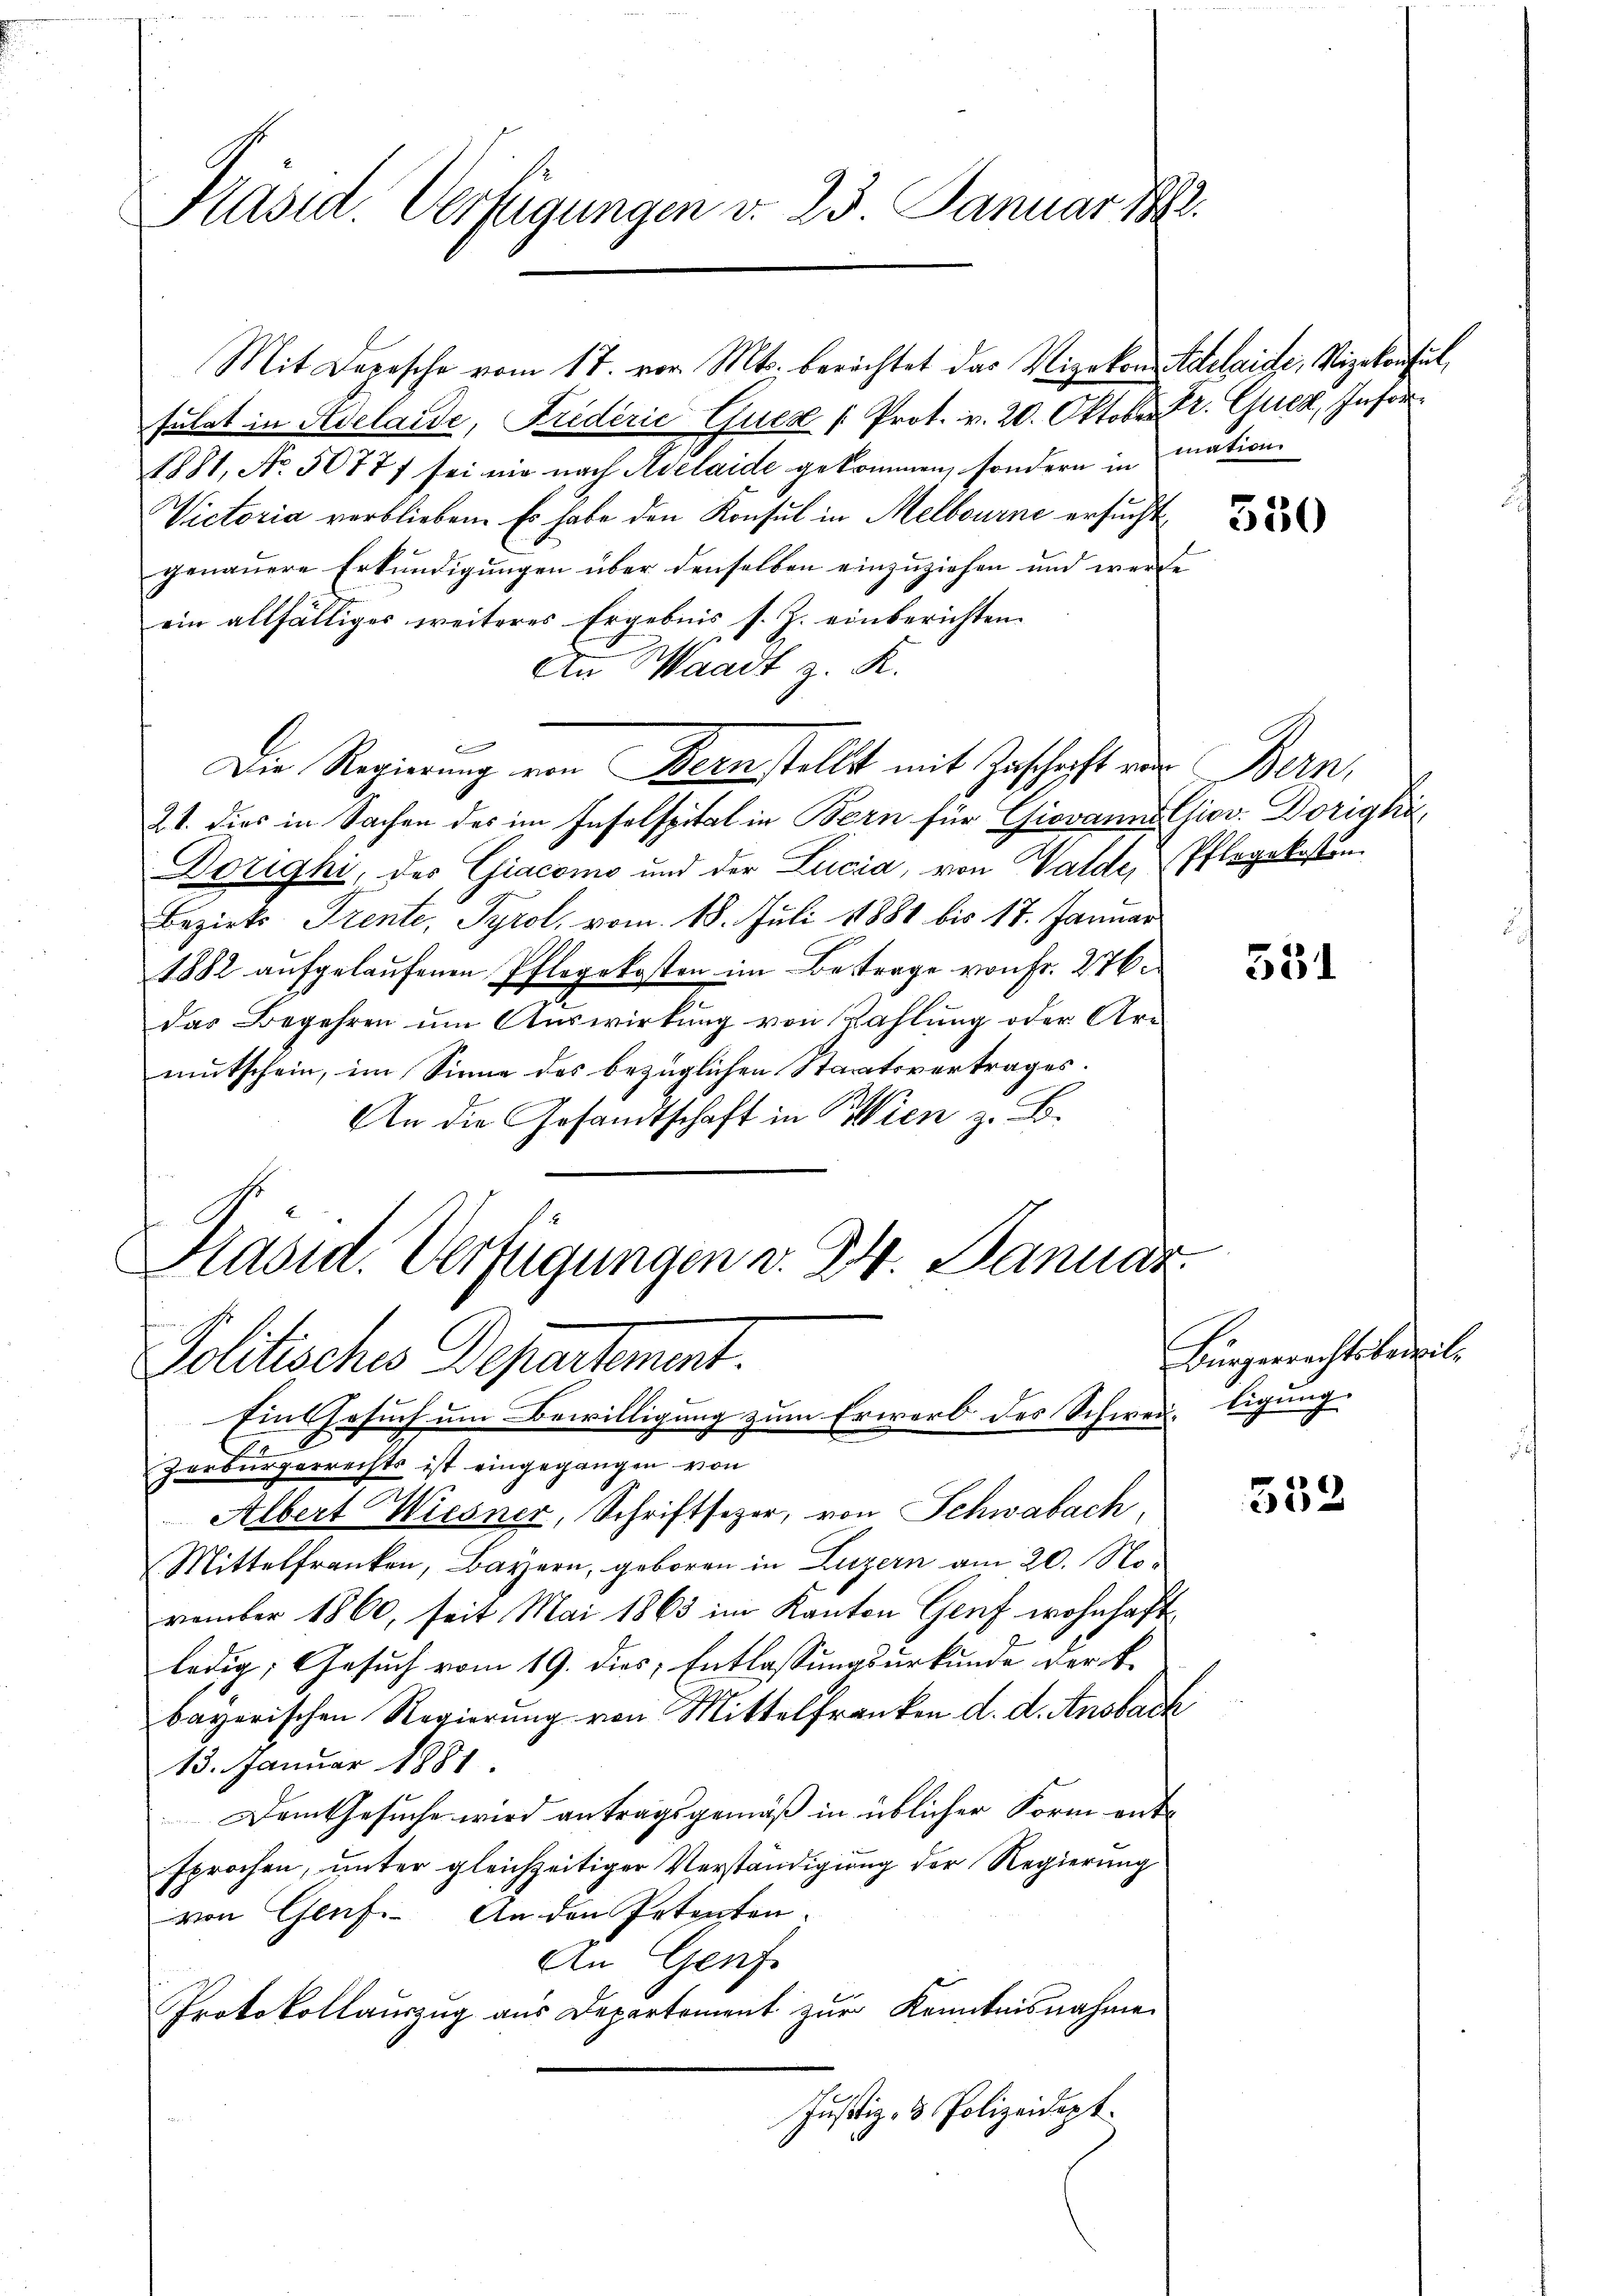
Kasid. Verfügungen v. 23. Januar 1892.

Mit Depesche vom 17. vor. Mts. berichtet das Vizekon Adelaide, Vizekonsul,
sulat in Adelaide, Friderić Ques /: Prot. v. 20. Oktober Dr. Gurer, Infor¬
1881, No. 50771 sei nie nach Aelaide gekommen, sondern in mation
Victoria verblieben. Es habe den Konsul in Melbourne ersucht.
genauere Erkundigungen über denselben einzuziehen und werde
ein allfälliges weiteres Ergebnis s. Z. einberichten.
An Waadt z. R.
21. dies in Sachen des im Inselspital in Bern für Giovanns Giov. Dorigki¬
Dorighi, der Giacomo und der Lucia, von Walde, Pflegekosten
Bezirks Trente, Tyrol, vom 18. Juli 1881 bis 17. Januar
1882 aufgelaufenen Pflegekosten im Betrage von Fr. 276.
das Begehren um Auswirkung von Zahlung oder Armutschein, im Sinne des bezüglichen Staatsvertrages.
An die Gesandtschaft in Wien z. B.
Kasid. Verfügungen v. 24. Januar.

Die Regierung von Bernstellt mit Zuschrift vor Bern,

Politisches Departement.
Eine Gesuch um Bewilligung zum Erwarb des Schweiligung
zerbürgerrechts ist eingegangen von

Albert Wiesner, Schriftsezer, von Schwabach
Mittelfranken, Bayern, geboren in Luzern am 20. November 1860, seit Mai 1863 im Kanton Genf wohnhaft
ledig, Gesuch vom 19. dies Entlassungsurkunde der k.
bayerischen Regierung von Mittelfranken d. d. Ansback
13. Januar 1881.
Dem Gesuche wird antragsgemäß in üblicher Form entsprochen, unter gleichzeitiger Verständigung der Regierung
von Genf. An den Petenten.
An Genf.
Protokollauszug aus Departement zur Kenntnisnahmen
Justiz- & Polizeidept.

350

551

Bürgerrechtsbereili

552